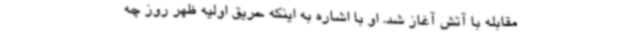
مقابله با آتش آغاز شد. او با اشاره به اینکه حریق اولیه ظهر روز چه